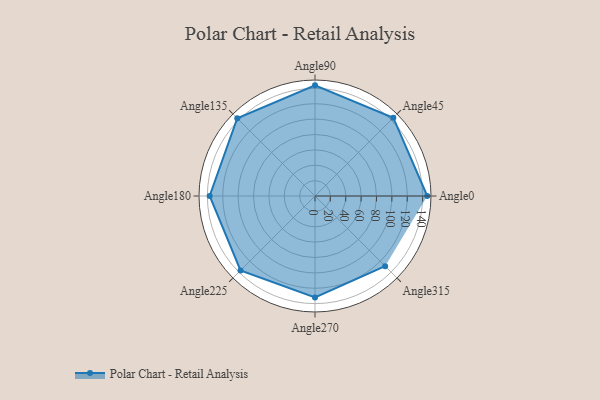
{"axis": {"x": "Angle", "y": "Radius"}, "legend": [""], "data": [{"x": "Angle0", "y": 146.0, "type": ""}, {"x": "Angle45", "y": 144.0, "type": ""}, {"x": "Angle90", "y": 144.0, "type": ""}, {"x": "Angle135", "y": 143.0, "type": ""}, {"x": "Angle180", "y": 137.0, "type": ""}, {"x": "Angle225", "y": 137.0, "type": ""}, {"x": "Angle270", "y": 132.0, "type": ""}, {"x": "Angle315", "y": 129.0, "type": ""}]}